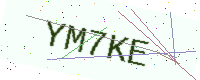
Text: YM7KE